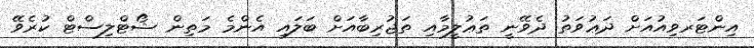
އިންޓަރވިއުއަށް ދަޢުވަތު ދެވޭނީ ތަޢުލީމާއި ތަޖުރިބާއަށް ބަލައި އެންމެ މަތިން ޝޯޓްލިސްޓް ކުރެވޭ